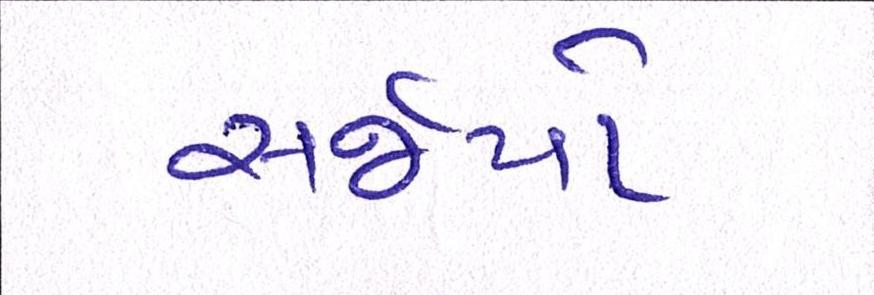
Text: સર્જયો